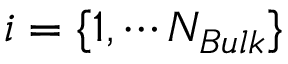
i = \{ 1 , \cdots N _ { B u l k } \}